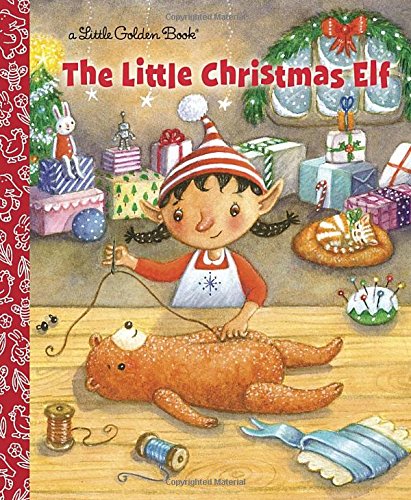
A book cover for The Little Christmas Elf (Little Golden Book); Nikki Shannon Smith; Children's Books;